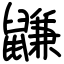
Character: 鼸